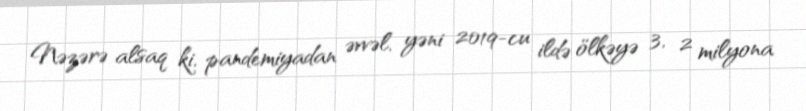
Nəzərə alsaq ki, pandemiyadan əvvəl, yəni 2019-cu ildə ölkəyə 3, 2 milyona